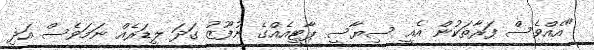
"އެއްވެސް ފަރާތަކުން އެއީ ސިޔާސީ ޕާޓީއެއްގެ ނުފޫޒު ގަދަ ލީޑަރެއް ނަމަވެސް އަދި